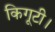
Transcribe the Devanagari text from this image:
किगूटी।